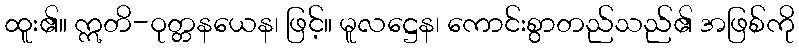
ထူး၏။ ဣတိ-ဝုတ္တနယေန၊ ဖြင့်။ မူလဋ္ဌေန၊ ကောင်းစွာတည်သည်၏ အဖြစ်ကို